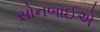
સોનબાઈએ